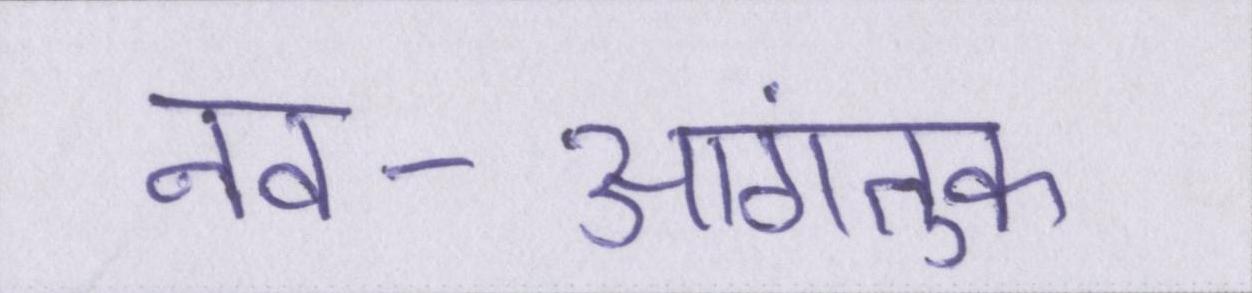
नव-आगंतुक